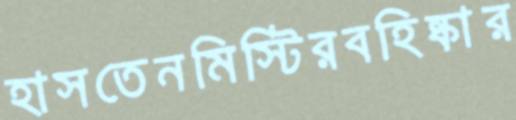
হাসতেনমিস্টিরবহিষ্কার